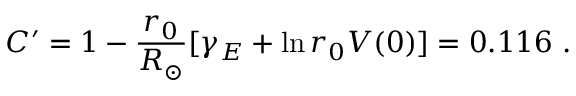
C ^ { \prime } = 1 - \frac { r _ { 0 } } { R _ { \odot } } [ \gamma _ { E } + \ln r _ { 0 } V ( 0 ) ] = 0 . 1 1 6 \ .